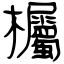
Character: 欘